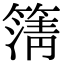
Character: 𮆆